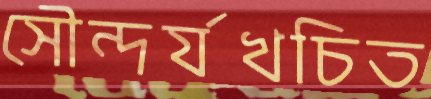
সৌন্দর্যখচিত